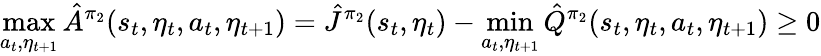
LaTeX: \operatorname*{max}_{a_{t},\eta_{t+1}}\hat{A}^{\pi_{2}}(s_{t},\eta_{t},a_{t},\eta_{t+1})=\hat{J}^{\pi_{2}}(s_{t},\eta_{t})-\operatorname*{min}_{a_{t},\eta_{t+1}}\hat{Q}^{\pi_{2}}(s_{t},\eta_{t},a_{t},\eta_{t+1})\ge 0